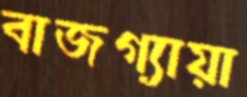
বাজগ্যায়া